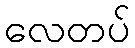
လေတပ်